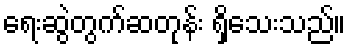
ရေးဆွဲတွက်ဆတုန်း ရှိသေးသည်။